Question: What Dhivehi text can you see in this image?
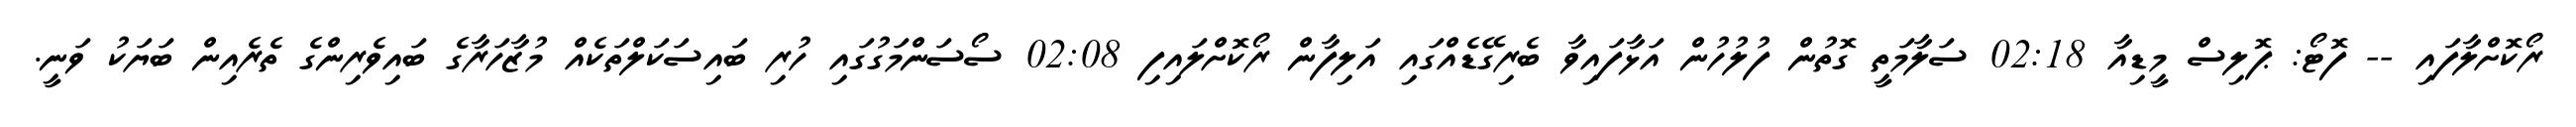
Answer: ރޯކޮށްލާފައި -- ފޮޓޯ: ޕޮލިސް މީޑިއާ 02:18 ސަލާމަތީ ގޮތުން ފުލުހުން އަޅާފައިވާ ބެރިގޭޑެއްގައި އަލިފާން ރޯކޮށްލައިފި 02:08 ސޯސަންމަގުގައި ހުރި ބައިސަކަލްތަކެއް މުޒާހަރާގެ ބައިވެރިންގެ ތެރެއިން ބަޔަކު ވަނީ.